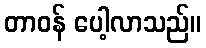
တာဝန် ပေါ့လာသည်။